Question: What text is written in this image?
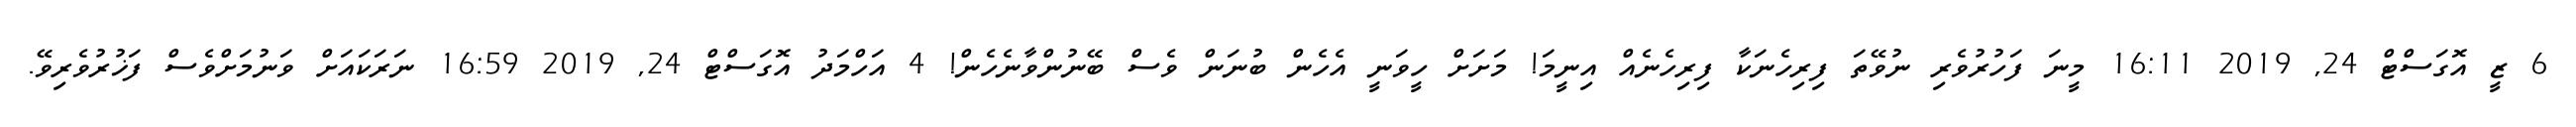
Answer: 6 ޒީ އޮގަސްޓް 24, 2019 16:11 މީނަ ފަހުރުވެރި ނުވޭތަ ފިރިހެނަކާ ފިރިހެނެއް އިނީމަ! މަށަށް ހީވަނީ އެހެން ބުނަން ވެސް ބޭނުންވާނެހެން! 4 އަހްމަދު އޮގަސްޓް 24, 2019 16:59 ނަރަކައަށް ވަނުމަށްވެސް ފަޚުރުވެރިވޭ.